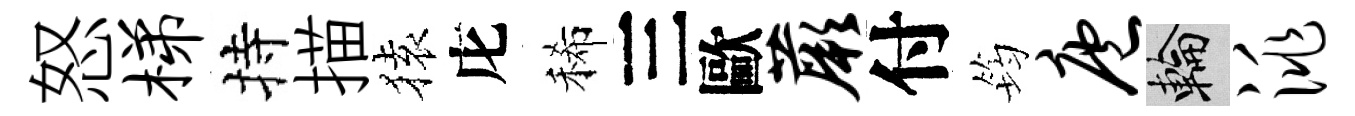
怒梯持描𫞤庀稀三歐蕨付筠庖輪洮